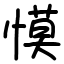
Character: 慔